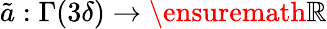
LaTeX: \tilde{a}:\Gamma(3\delta)\to\ensuremath{\mathbb{R}}